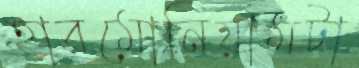
হারমোনিয়ামটা